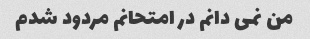
من نمی دانم در امتحانم مردود شدم